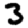
Digit: 3